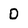
Character: D